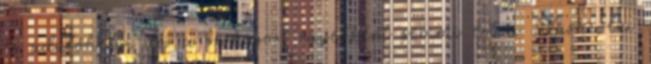
és üdülőhelyi díj a szokásos, egyébként semmi extra. Vásárolni